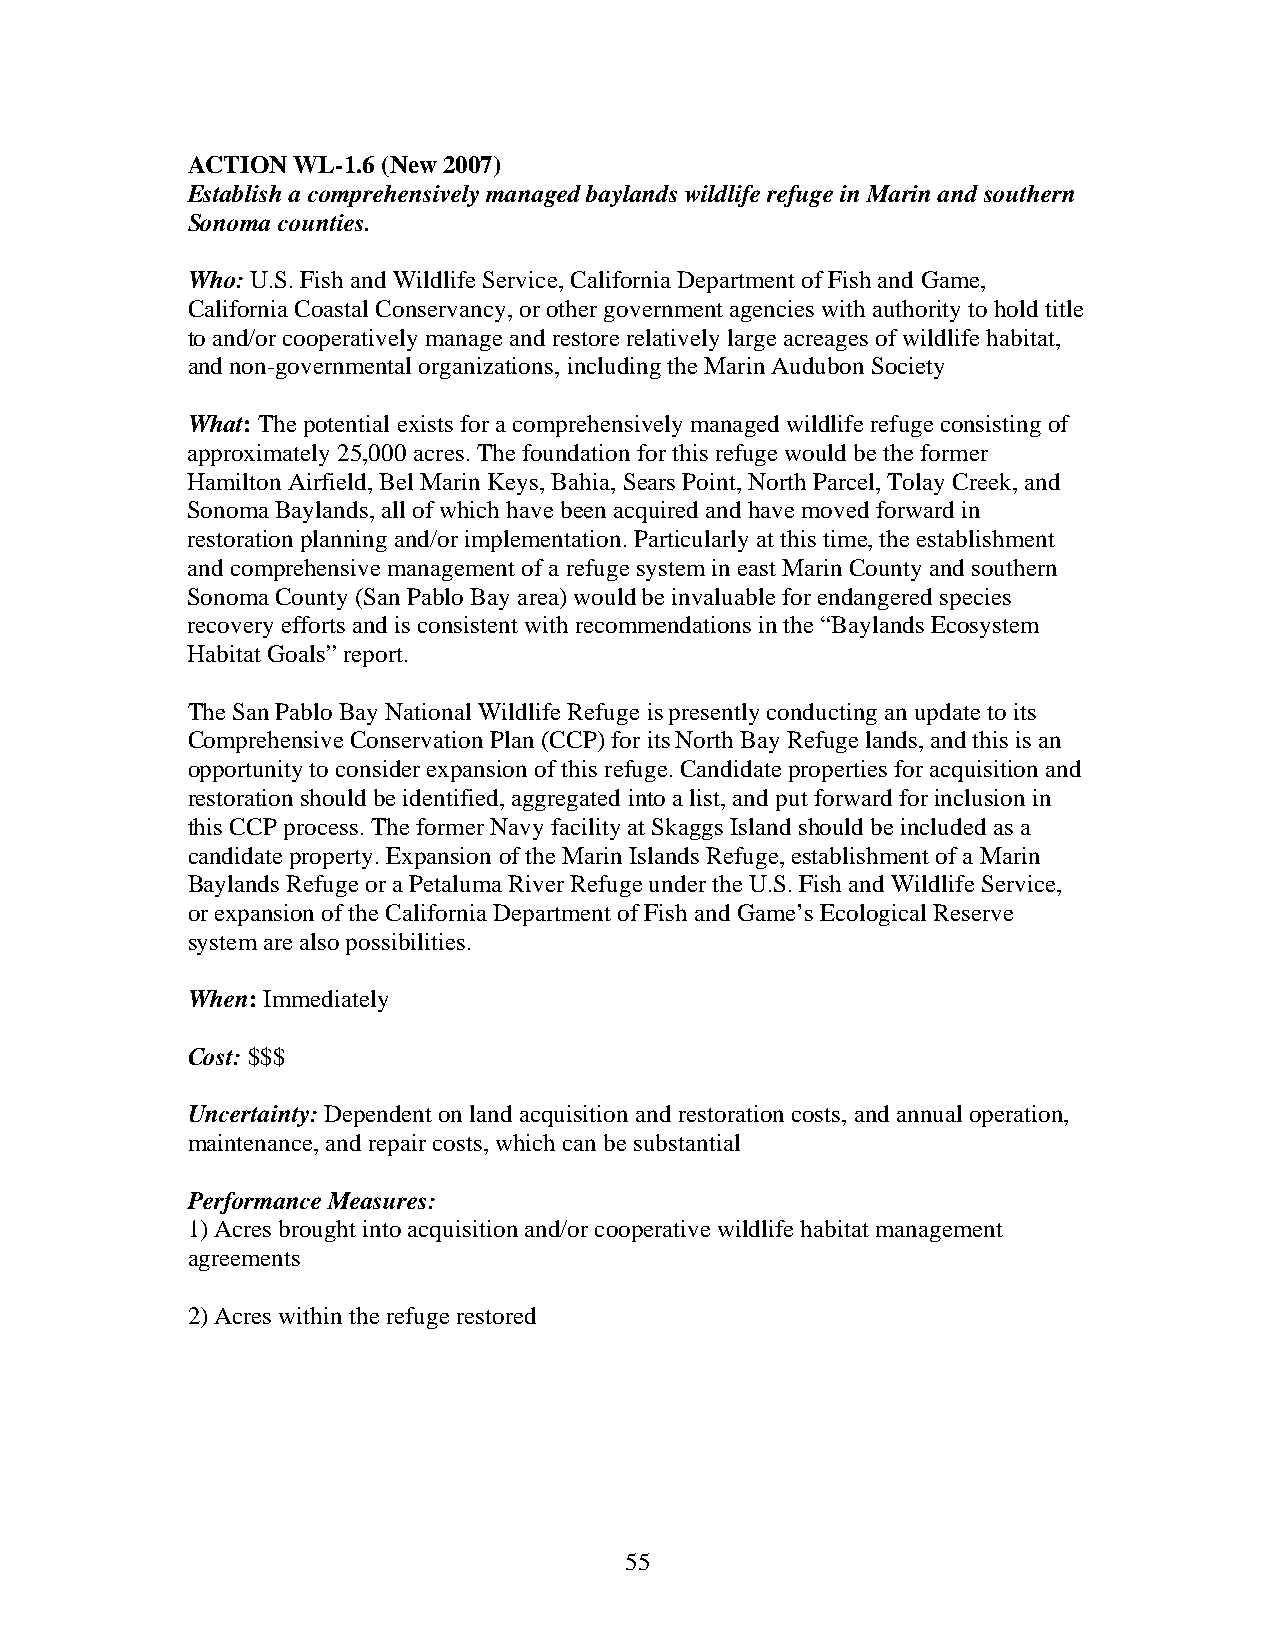
ACTION WL-1.6 (New 2007)
 Establish a comprehensively managed baylands wildlife refuge in Marin and southern
 Sonoma counties.
 Who: U.S. Fish and Wildlife Service, California Department of Fish and Game,
 California Coastal Conservancy, or other government agencies with authority to hold title
 to and/or cooperatively manage and restore relatively large acreages of wildlife habitat,
 and non-governmental organizations, including the Marin Audubon Society
 What: The potential exists for a comprehensively managed wildlife refuge consisting of
 approximately 25,000 acres. The foundation for this refuge would be the former
 Hamilton Airfield, Bel Marin Keys, Bahia, Sears Point, North Parcel, Tolay Creek, and
 Sonoma Baylands, all of which have been acquired and have moved forward in
 restoration planning and/or implementation. Particularly at this time, the establishment
 and comprehensive management of a refuge system in east Marin County and southern
 Sonoma County (San Pablo Bay area) would be invaluable for endangered species
 recovery efforts and is consistent with recommendations in the “Baylands Ecosystem
 Habitat Goals” report.
 The San Pablo Bay National Wildlife Refuge is presently conducting an update to its
 Comprehensive Conservation Plan (CCP) for its North Bay Refuge lands, and this is an
 opportunity to consider expansion of this refuge. Candidate properties for acquisition and
 restoration should be identified, aggregated into a list, and put forward for inclusion in
 this CCP process. The former Navy facility at Skaggs Island should be included as a
 candidate property. Expansion of the Marin Islands Refuge, establishment of a Marin
 Baylands Refuge or a Petaluma River Refuge under the U.S. Fish and Wildlife Service,
 or expansion of the California Department of Fish and Game’s Ecological Reserve
 system are also possibilities.
 When: Immediately
 Cost: $$$
 Uncertainty: Dependent on land acquisition and restoration costs, and annual operation,
 maintenance, and repair costs, which can be substantial
 Performance Measures:
 1) Acres brought into acquisition and/or cooperative wildlife habitat management
 agreements
 2) Acres within the refuge restored
 55